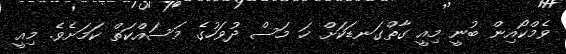
ވެމްކޯއިން ބުނީ މިއީ ގާތްގަނޑަކަށް ހަ މަސް ދުވަހުގެ މަސައްކަތް ކަމަށެވެ. މިއީ